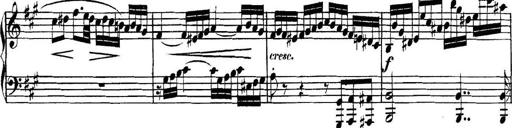
Title: Collected Piano Sonatas
Composer: Muzio Clementi